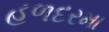
હળદરમા